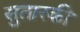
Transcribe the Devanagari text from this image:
सुतारकी